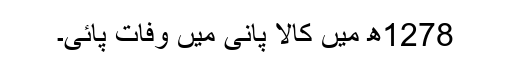
1278ھ میں کالا پانی میں وفات پائی۔